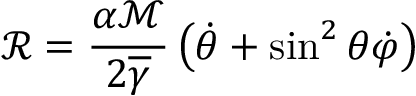
\mathcal { R } = \frac { \alpha \mathcal { M } } { 2 \overline { { \gamma } } } \left( \dot { \theta } + \sin ^ { 2 } \theta \dot { \varphi } \right)